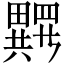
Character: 𱱂